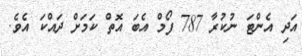
އަދި އެންޓަ ނުކުރާ 787 ފޯމް އެބަ އޮތް ކަމަށް ދައްކަ އެވެ.